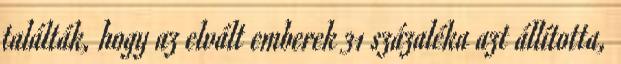
találták, hogy az elvált emberek 31 százaléka azt állította,